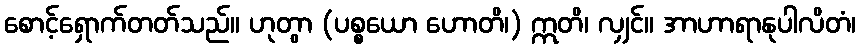
စောင့်ရှောက်တတ်သည်။ ဟုတွာ (ပစ္စယော ဟောတိ၊) ဣတိ၊ လျှင်။ အာဟာရာနုပါလိတံ၊